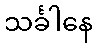
သင်္ခါနေ